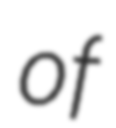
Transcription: of